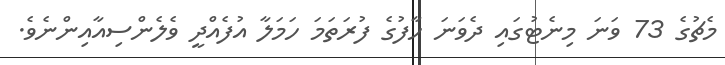
މެޗުގެ 73 ވަނަ މިނެޓުގައި ދެވަނަ ހާފުގެ ފުރަތަމަ ހަމަލާ އުފެއްދީ ވެލެންސިއާއިންނެވެ.